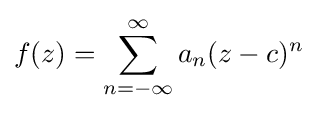
f(z)=\sum _{n=-\infty }^{\infty }a_{n}(z-c)^{n}